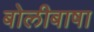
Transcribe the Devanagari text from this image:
बोलीबाषा